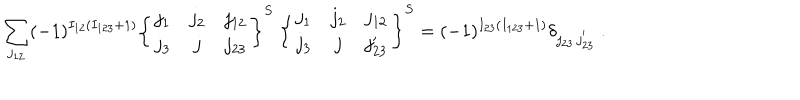
LaTeX: \sum _ { j _ { 1 2 } } ( - 1 ) ^ { I _ { 1 2 } ( I _ { 1 2 3 } + 1 ) } \left\{ \begin{array} { c c c } { { j _ { 1 } } } & { { j _ { 2 } } } & { { j _ { 1 2 } } } \\ { { j _ { 3 } } } & { { j } } & { { j _ { 2 3 } } } \\ \end{array} \right\} ^ { S } ~ \left\{ \begin{array} { c c c } { { j _ { 1 } } } & { { j _ { 2 } } } & { { j _ { 1 2 } } } \\ { { j _ { 3 } } } & { { j } } & { { j _ { 2 3 } ^ { \prime } } } \\ \end{array} \right\} ^ { S } = ( - 1 ) ^ { I _ { 2 3 } ( I _ { 1 2 3 } + 1 ) } \delta _ { j _ { 2 3 } \, j _ { 2 3 } ^ { ' } } ~ .